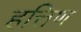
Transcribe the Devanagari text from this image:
हत्तिण